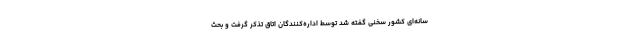
سانه‌ای کشور سخنی گفته شد توسط اداره‌کنندگان اتاق تذکر گرفت و بحث